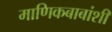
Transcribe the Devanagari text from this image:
माणिकबाबांशी